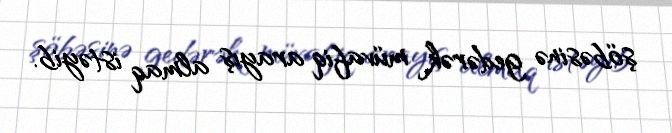
şöbəsinə gedərək müvafiq arayış almaq istəyib.